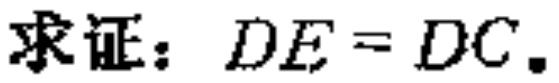
求证：\(DE = DC\)。